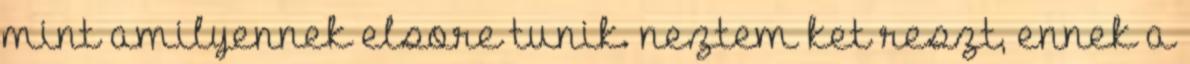
mint amilyennek elsore tunik. neztem ket reszt, ennek a